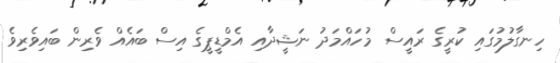
ހިނގާލުމުގައި ކުރީގެ ރައީސް މުހައްމަދު ނަޝީދާއި އެމްޑީޕީގެ އިސް ބައެއް ވެރިން ބައިވެރިވެ